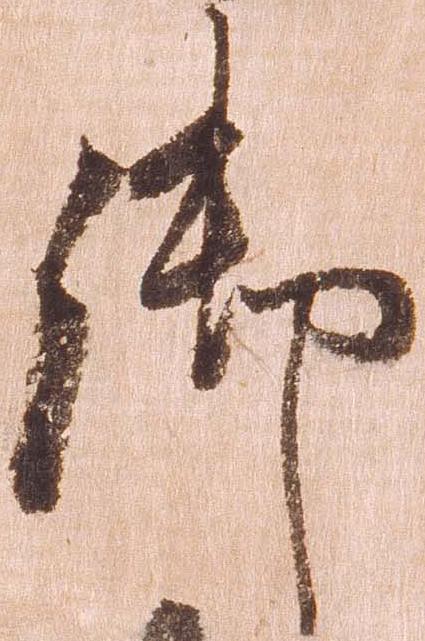
御